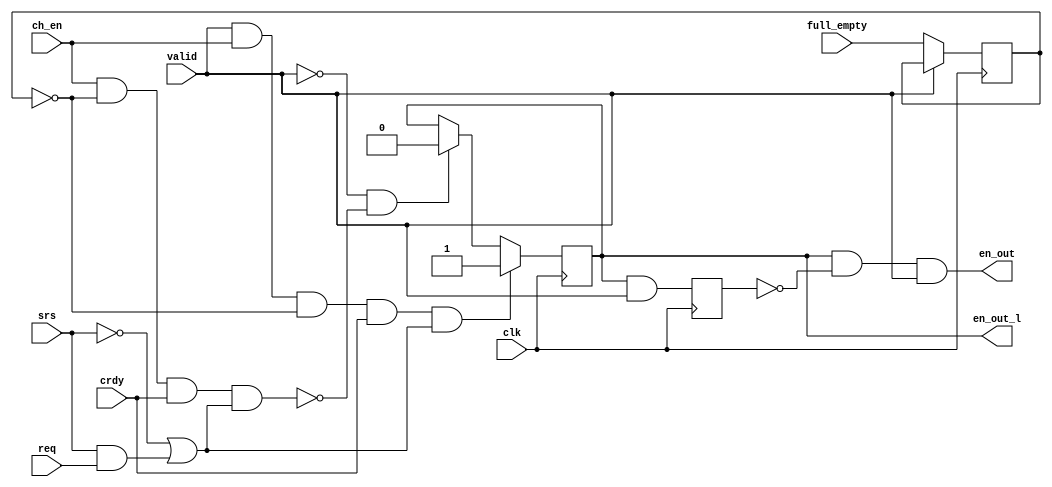
module ac97_fifo_ctrl(	clk, 
			valid, ch_en, srs, full_empty, req, crdy,
			en_out, en_out_l
			);
input		clk;
input		valid;
input		ch_en;		
input		srs;		
input		full_empty;	
input		req;		
input		crdy;		
output		en_out;		
output		en_out_l;	
reg	en_out_l, en_out_l2;
reg	full_empty_r;
always @(posedge clk)
	if(!valid)	full_empty_r <= #1 full_empty;
always @(posedge clk)
	if(valid & ch_en & !full_empty_r & crdy & (!srs | (srs & req) ) )
		en_out_l <= #1 1'b1;
	else
	if(!valid & !(ch_en & !full_empty_r & crdy & (!srs | (srs & req) )) )
		en_out_l <= #1 1'b0;
always @(posedge clk)
	en_out_l2 <= #1 en_out_l & valid;
assign en_out = en_out_l & !en_out_l2 & valid;
endmodule